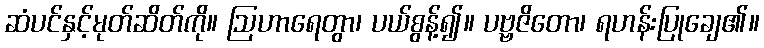
ဆံပင်နှင့်မုတ်ဆိတ်ကို။ ဩဟာရေတွာ၊ ပယ်စွန့်၍။ ပဗ္ဗဇိတော၊ ရဟန်းပြုချေ၏။